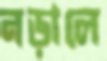
নড়ালে